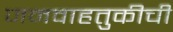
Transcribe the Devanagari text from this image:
जनवाहतुकीची